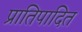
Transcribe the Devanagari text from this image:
प्रातिपादित